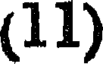
(11)